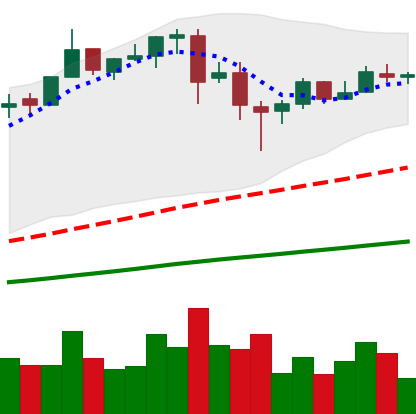
Ticker: BTC-USD
Chart end date: 2017-06-22
Forward return: -5.654%
Label: down_5_7